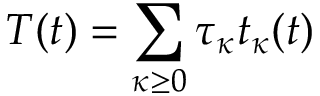
T ( t ) = \sum _ { \kappa \geq 0 } \tau _ { \kappa } t _ { \kappa } ( t )